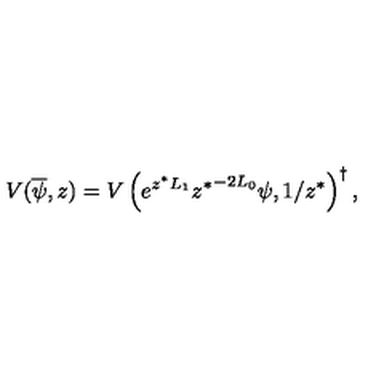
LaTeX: V ( \overline { \psi } , z ) = V \left( e ^ { z ^ { \ast } L _ { 1 } } { z ^ { \ast } } ^ { - 2 L _ { 0 } } \psi , 1 / z ^ { \ast } \right) ^ { \dagger } ,